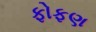
ફોફણ